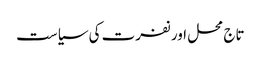
تاج محل اور نفرت کی سیاست